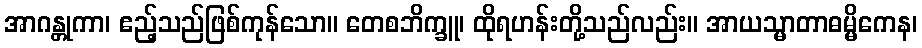
အာဂန္တုကာ၊ ဧည့်သည်ဖြစ်ကုန်သော။ တေစဘိက္ခူ၊ ထိုရဟန်းတို့သည်လည်း။ အာယသ္မာတာဓမ္မိကေန၊